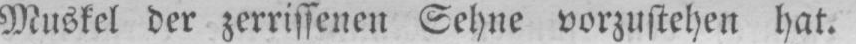
Muskel der zerrissenen Sehne vorzustehen hat.